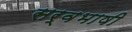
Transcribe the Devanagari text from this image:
सर्वभाषी